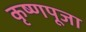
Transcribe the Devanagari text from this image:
कृष्‍णपूजा